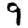
Digit: 9